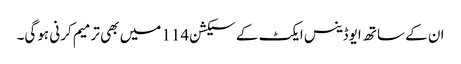
ان کے ساتھ ایوڈینس ایکٹ کے سیکشن 114 میں بھی ترمیم کرنی ہوگی۔